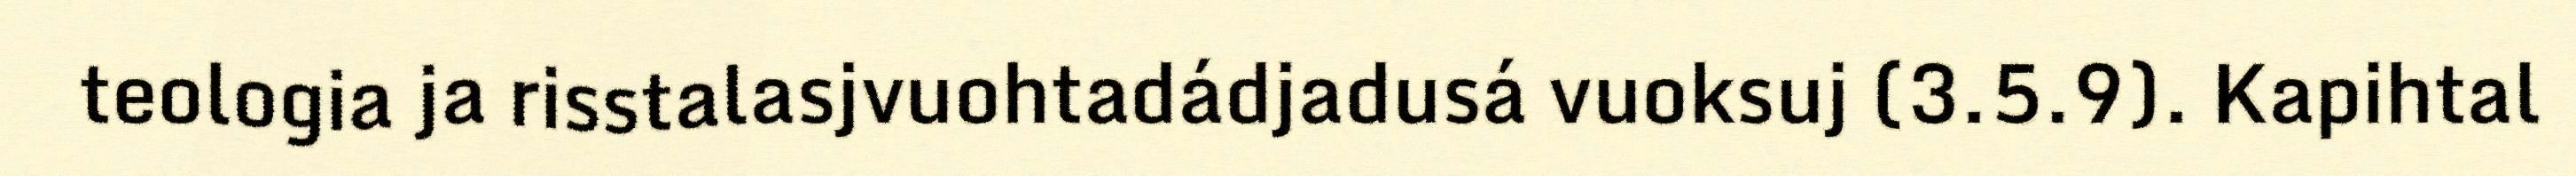
teologia ja risstalasjvuohtadádjadusá vuoksuj (3.5.9). Kapihtal